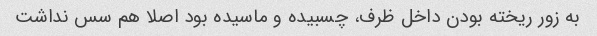
به زور ریخته بودن داخل ظرف، چسبیده و ماسیده بود اصلا هم سس نداشت